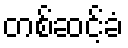
တစ်ဆင့်ခံ